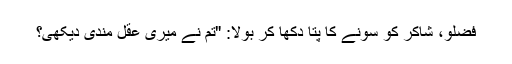
فضلو، شاکر کو سونے کا پتا دکھا کر بولا: "تم نے میری عقل مندی دیکھی؟